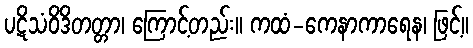
ပဋိသံဝိဒိတတ္တာ၊ ကြောင့်တည်း။ ကထံ-ကေနာကာရေန၊ ဖြင့်။